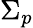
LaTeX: \Sigma_{p}